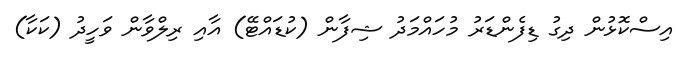
އިސްކޮޅުން ދިގު ޑިފެންޑަރު މުހައްމަދު ޝިފާން (ކުޑައްޓޭ) އާއި ރިލްވާން ވަހީދު (ކަކާ)